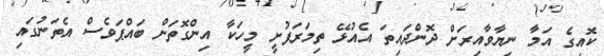
ކޮއިގެ އަމާ ނިޔާވާއިރަށް ދޮންދައިތަ އެއުޅޭ ތިމަރަފުށީ މީހަކާ އިންގޮތަށް ބައްޕަވެސް އެތަނުގައި